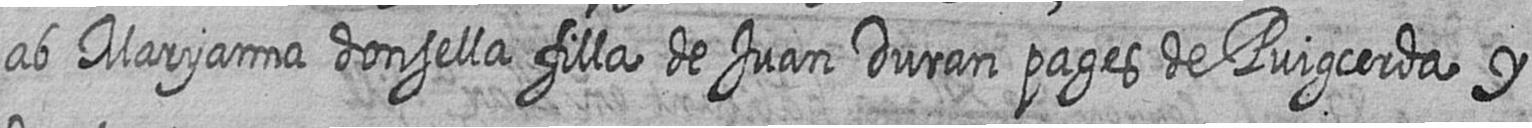
ab Maryanna donsella filla de Juan Duran pages de Puigcerda y